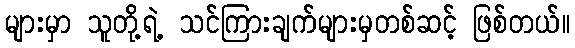
များမှာ သူတို့ရဲ့ သင်ကြားချက်များမှတစ်ဆင့် ဖြစ်တယ်။